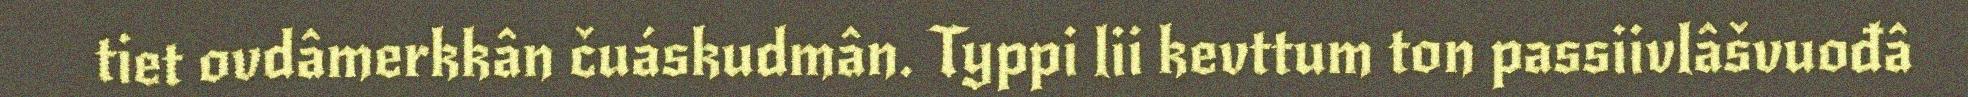
tiet ovdâmerkkân čuáskudmân. Typpi lii kevttum ton passiivlâšvuođâ